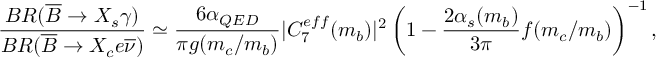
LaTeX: \frac { B R ( \overline { { { B } } } \rightarrow X _ { s } \gamma ) } { B R ( \overline { { { B } } } \rightarrow X _ { c } e \overline { { { \nu } } } ) } \simeq \frac { 6 \alpha _ { Q E D } } { \pi g ( m _ { c } / m _ { b } ) } | C _ { 7 } ^ { e f f } ( m _ { b } ) | ^ { 2 } \left( 1 - \frac { 2 \alpha _ { s } ( m _ { b } ) } { 3 \pi } f ( m _ { c } / m _ { b } ) \right) ^ { - 1 } ,